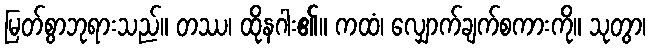
မြတ်စွာဘုရားသည်။ တဿ၊ ထိုနဂါး၏။ ကထံ၊ လျှောက်ချက်စကားကို။ သုတွာ၊